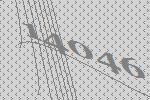
14046